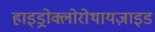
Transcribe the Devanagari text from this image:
हाइड्रोक्लोरोथायज़ाइड